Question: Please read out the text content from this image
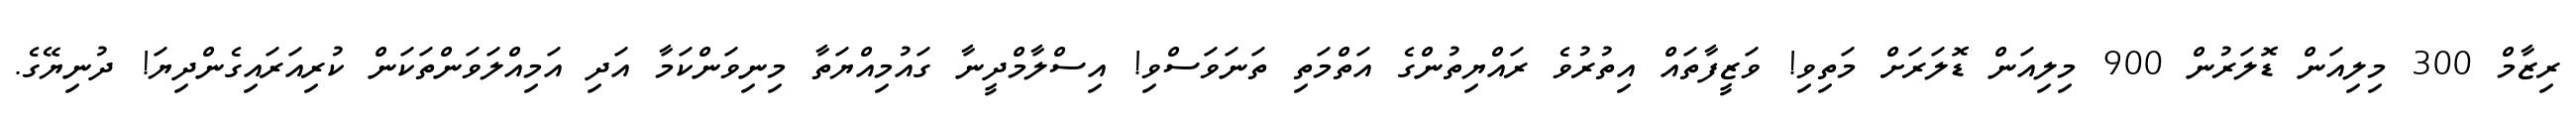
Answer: ރިޒާމް 300 މިލިއަން ޑޮލަރުން 900 މިލިއަން ޑޮލަރަށް މަތިވި! ވަޒީފާތައް އިތުރުވެ ރައްޔިތުންގެ އަތްމަތި ތަނަވަސްވި! އިސްލާމްދީނާ ގައުމިއްޔަތާ މިނިވަންކަމާ އަދި އަމިއްލަވަންތަކަން ކުރިއަރައިގެންދިޔަ! ދުނިޔޭގެ.